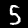
Label: 5